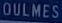
OULMES